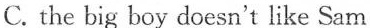
C. the big boy doesn't like Sam